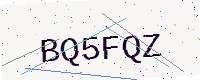
Text: BQ5FQZ